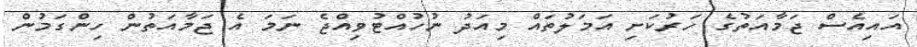
އައިއެސް ޖަމާއަތުގެ ހަރުކަށި އަމަލުތައް މިއަދު ނުހުއްޓުވިއްޖެ ނަމަ އެ ޖަމާއަތުން ހިންގަމުން